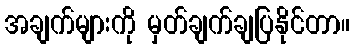
အချက်များကို မှတ်ချက်ချပြနိုင်တာ။